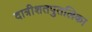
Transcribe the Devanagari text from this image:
दात्रीशतपुतलिका